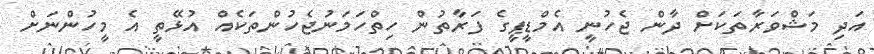
އަދި މަޝްވަރާތަކަށް ދާން ޖެހުނީ އެމްޑީޕީގެ ފަރާތުން ހިތްހަމަނުޖެހުންތަކެއް އުޅޭތީ އެ މީހުންނަށް